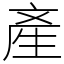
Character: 產